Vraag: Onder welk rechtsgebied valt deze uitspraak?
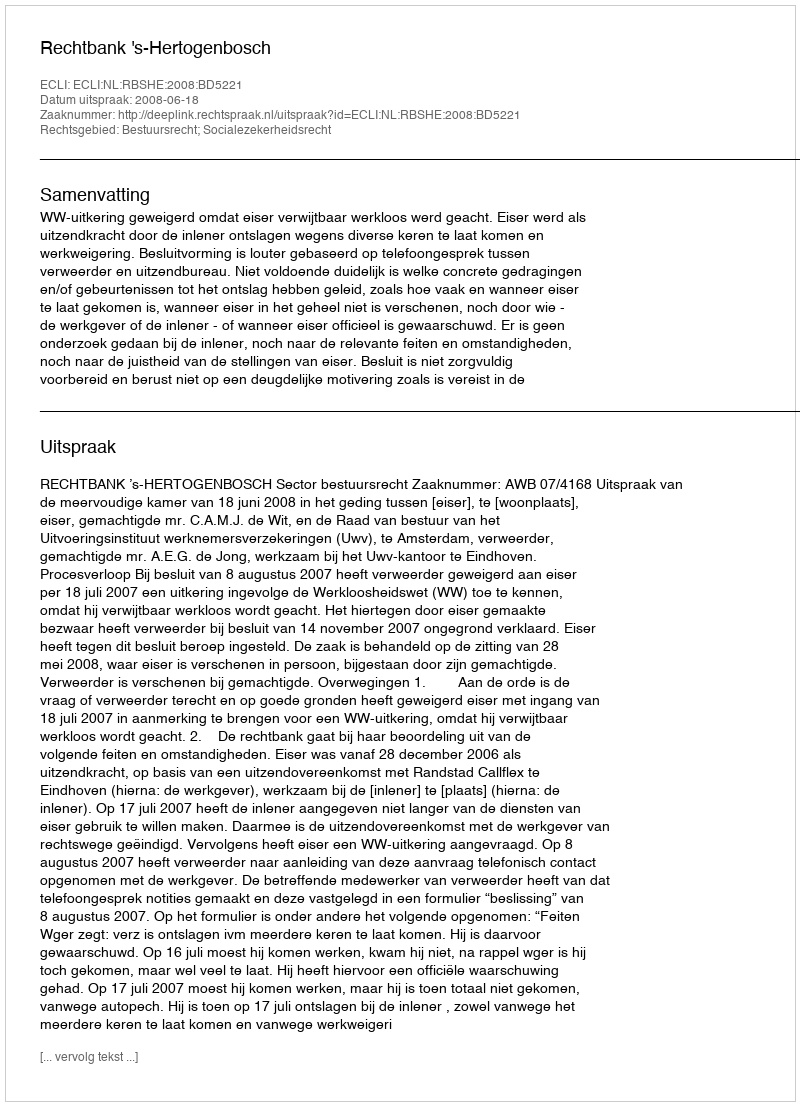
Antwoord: Bestuursrecht; Socialezekerheidsrecht